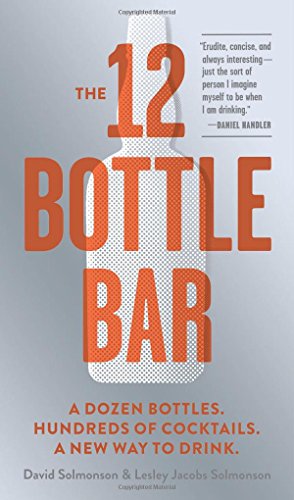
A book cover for The 12 Bottle Bar: A Dozen Bottles. Hundreds of Cocktails. A New Way to Drink.; David Solmonson; Cookbooks, Food & Wine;